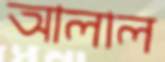
আলাল